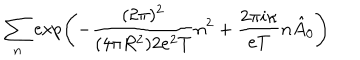
LaTeX: \sum _ { n } \exp \left( - \frac { ( 2 \pi ) ^ { 2 } } { ( 4 \pi R ^ { 2 } ) 2 e ^ { 2 } T } n ^ { 2 } + \frac { 2 \pi i \kappa } { e T } n \hat { A } _ { 0 } \right)